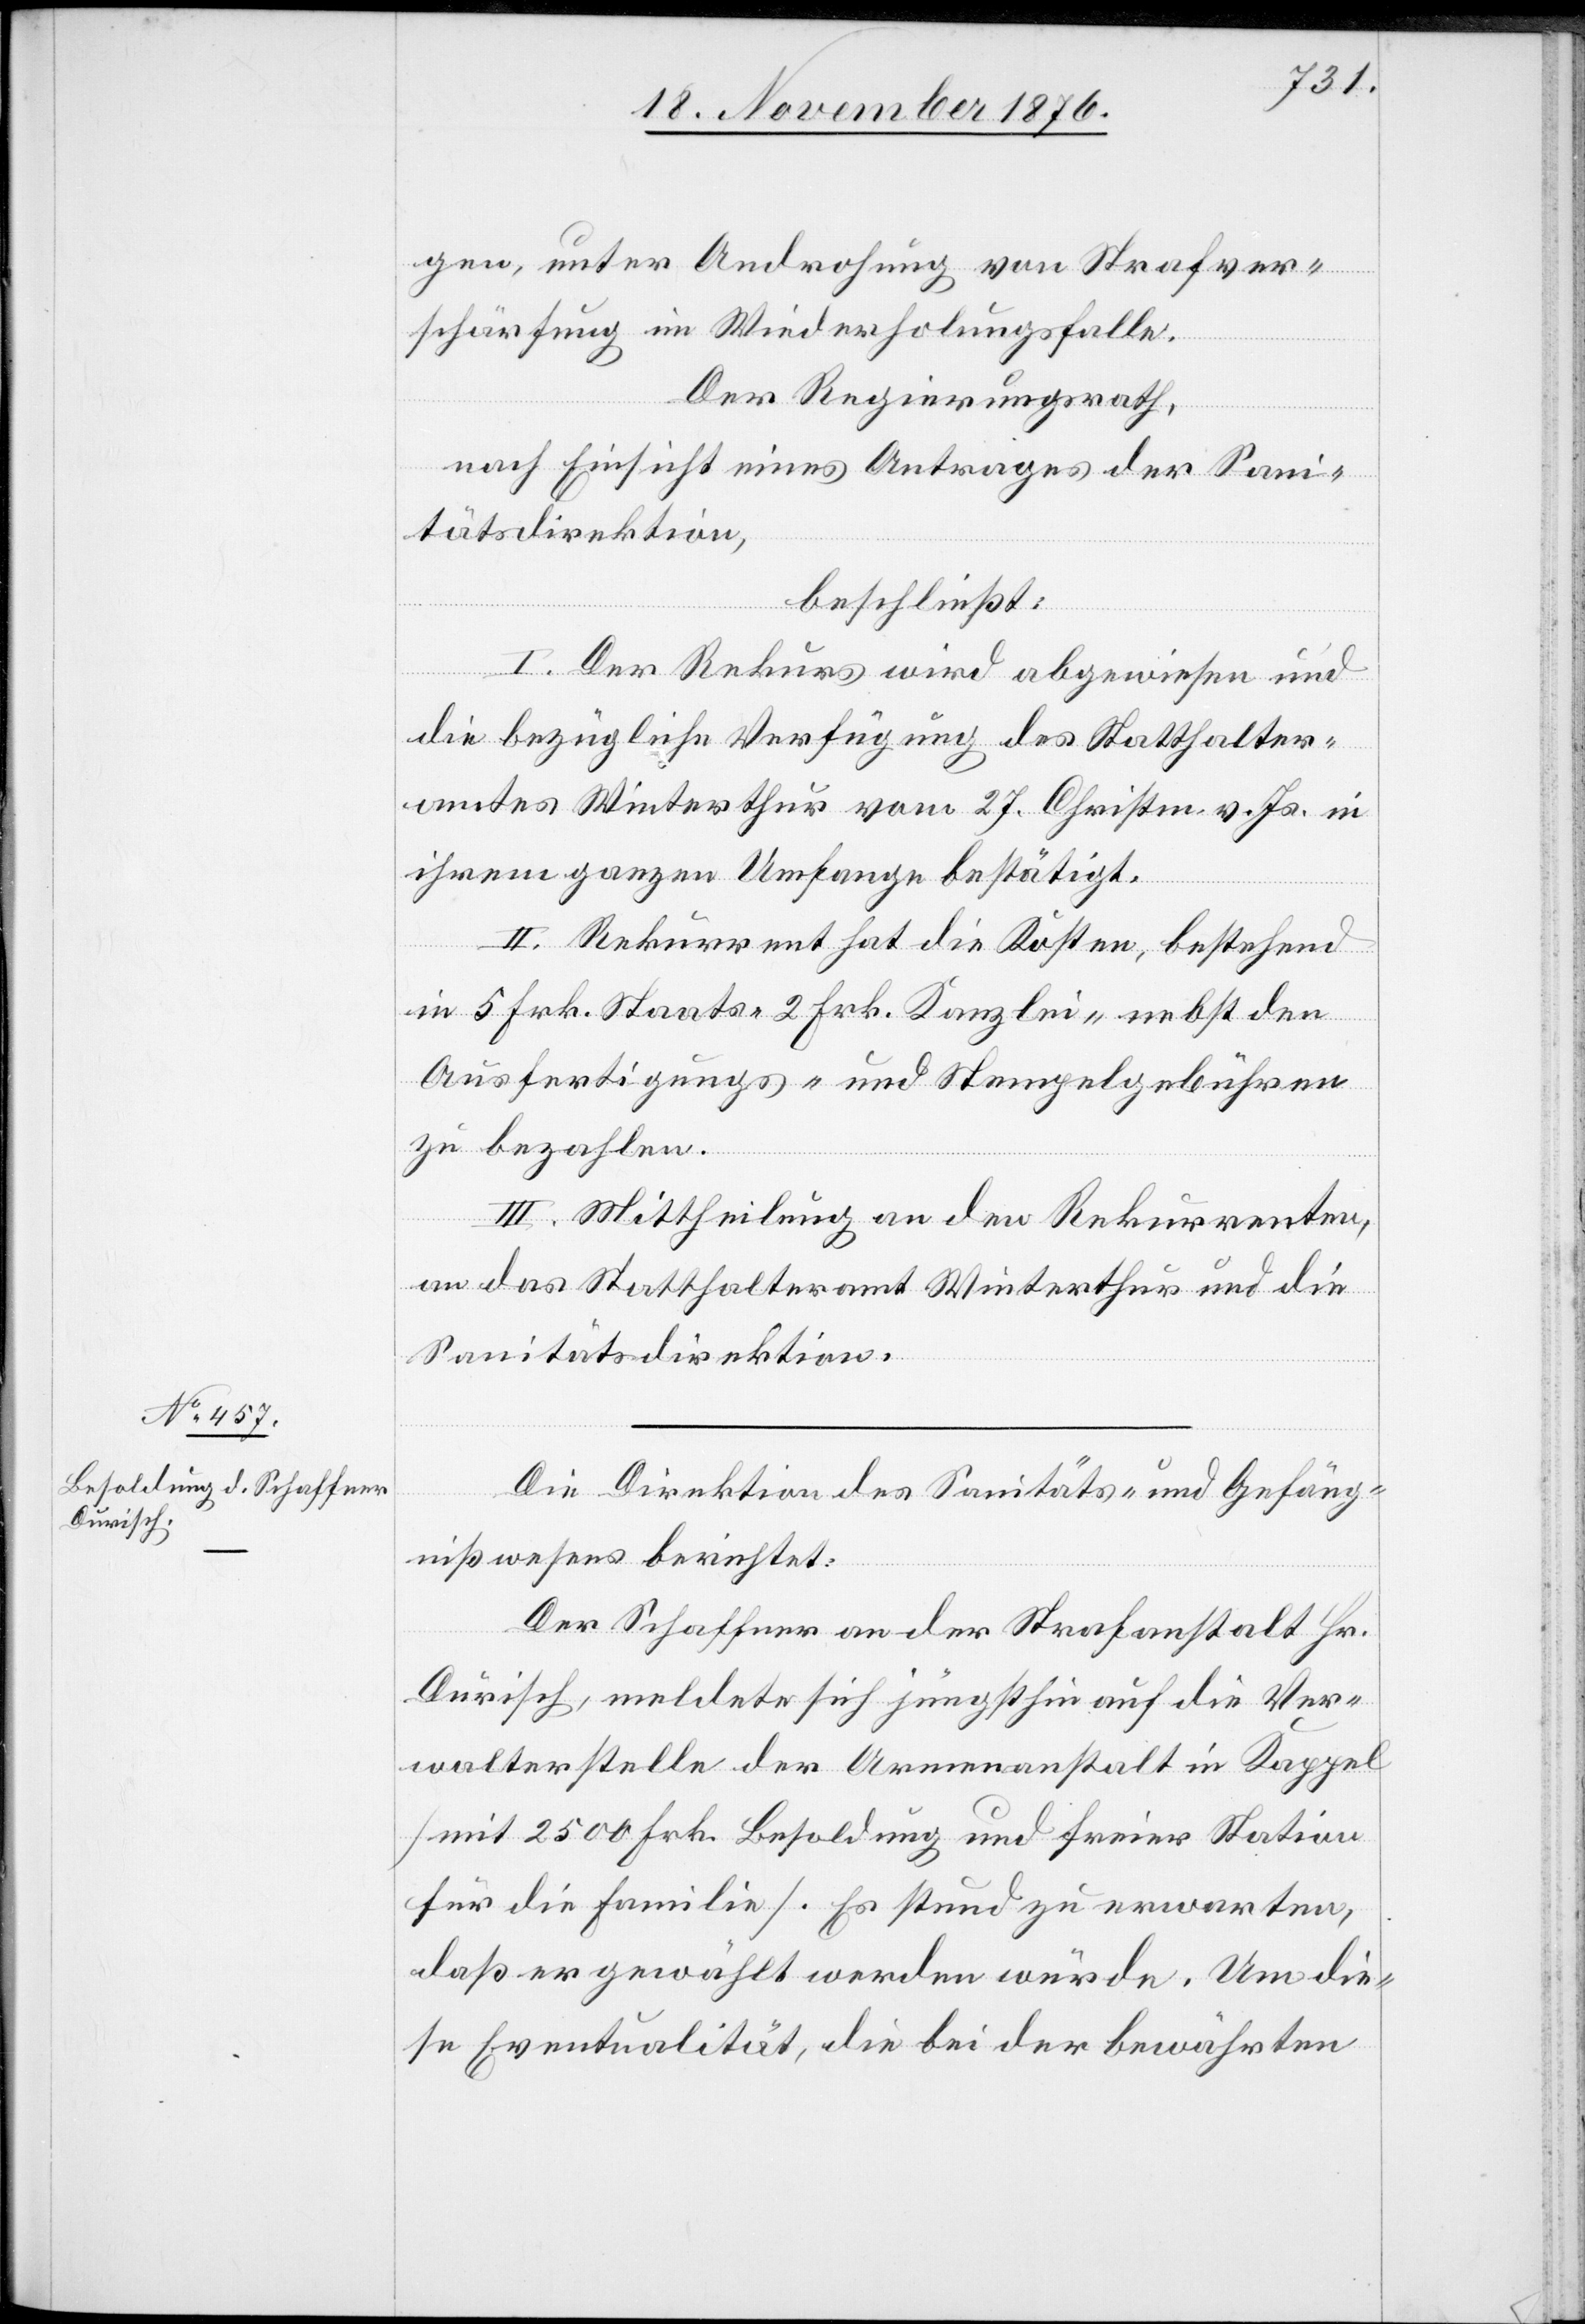
gen, unter Androhung von Strafver¬
schärfung im Wiederholungsfalle.
Der Regierungsrath,
nach Einsicht eines Antrages der Sani¬
tätsdirektion,
beschließt:
I. Der Rekurs wird abgewiesen und
die bezügliche Verfügung des Statthalter¬
amtes Winterthur vom 27. Christm. vor. Js. in
ihrem ganzen Umfange bestätigt.
II. Rekurrent hat die Kosten, bestehend
in 3 Frk. Staats- 2 Frk. Kanzlei- nebst den
Ausfertigungs- und Stempelgebühren
zu bezahlen.
III. Mittheilung an den Rekurrenten,
an das Statthalteramt Winterthur und die
Sanitätsdirektion.
Die Direktion des Sanitäts- und Gefäng¬
nißwesens berichtet:
Der Schaffner an der Strafanstalt Dr .
Durisch, meldete sich jüngsthin auf die Ver¬
walterstelle der Armenanstalt in Kappel
[mit 2500 Frk. Besoldung und freier Station
für die Familie]. Es stund zu erwarten,
daß er gewählt werden würde. Um die¬
se Eventualität, die bei der bewährten